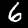
Label: 6